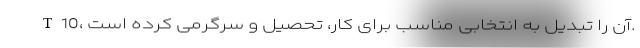
T10، آن را تبدیل به انتخابی مناسب برای کار، تحصیل و سرگرمی کرده است.